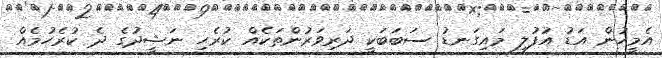
އެމީހުން އަޑު އުފުލި މައިގަނޑު ސަބަބަކީ ދަރިވަރުންތަކެއް ކުރެހި ނަޝީދުގެ ދެ ކުރެހުމެއް